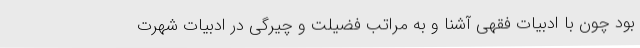
بود چون با ادبیات فقهی آشنا و به مراتب فضیلت و چیرگی در ادبیات شهرت